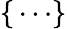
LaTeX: \{ \, \cdots\}